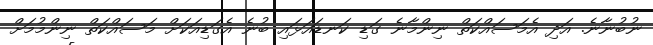
ނުބުނާނެ. އަދި އެމަސައްކަތް ނިންމާނެ ގަޑި ކަނޑައަޅައި ބުނެ އެގަޑިއަކަށް މަސައްކަތް ނިންމުމަށް